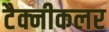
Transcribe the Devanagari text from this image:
टैक्नीकलर